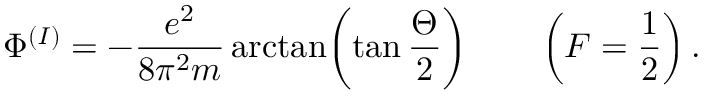
\Phi ^ { ( I ) } = - { \frac { e ^ { 2 } } { 8 \pi ^ { 2 } m } } \arctan \biggl ( \tan { \frac { \Theta } { 2 } } \biggr ) \qquad \left( F = \frac { 1 } { 2 } \right) .